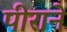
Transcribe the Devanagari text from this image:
पीराने